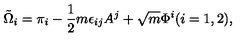
\tilde { \Omega } _ { i } = \pi _ { i } - \frac { 1 } { 2 } m \epsilon _ { i j } A ^ { j } + \sqrt { m } \Phi ^ { i } ( i = 1 , 2 ) ,